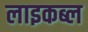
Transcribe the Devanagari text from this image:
लाइकब्ल